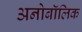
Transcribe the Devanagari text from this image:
अनोबॉलिक